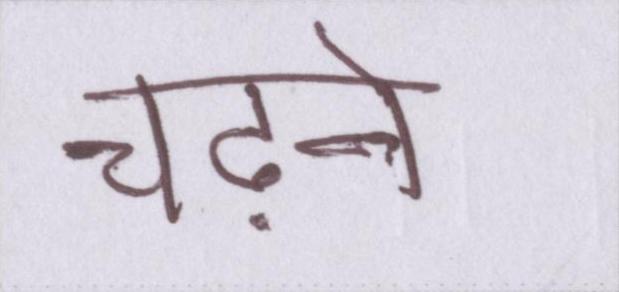
चढ़ने